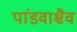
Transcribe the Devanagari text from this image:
पांडवाश्चैव